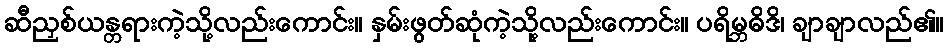
ဆီညှစ်ယန္တရားကဲ့သို့လည်းကောင်း။ နှမ်းဖွတ်ဆုံကဲ့သို့လည်းကောင်း။ ပရိမ္ဘဓိဒိ၊ ချာချာလည်၏။